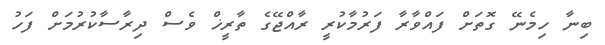
ބިނާ ހިމެނޭ ގޮތަށް ފައްވާރާ ފަރުމާކުރީ ރާއްޖޭގެ ތާރީޚް ވެސް ދިރާސާކުރުމަށް ފަހު